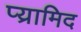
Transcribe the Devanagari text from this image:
प्य्रामिद